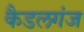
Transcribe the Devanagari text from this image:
कैडलगंज